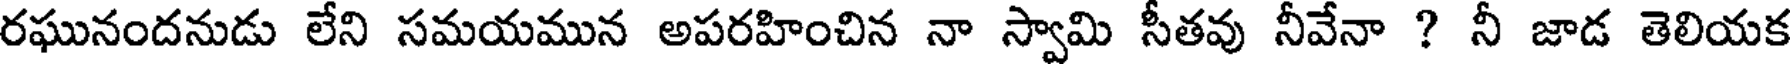
రఘునందనుడు లేని సమయమున అపరహించిన నా స్వామి సీతవు నీవేనా ? నీ జాడ తెలియక